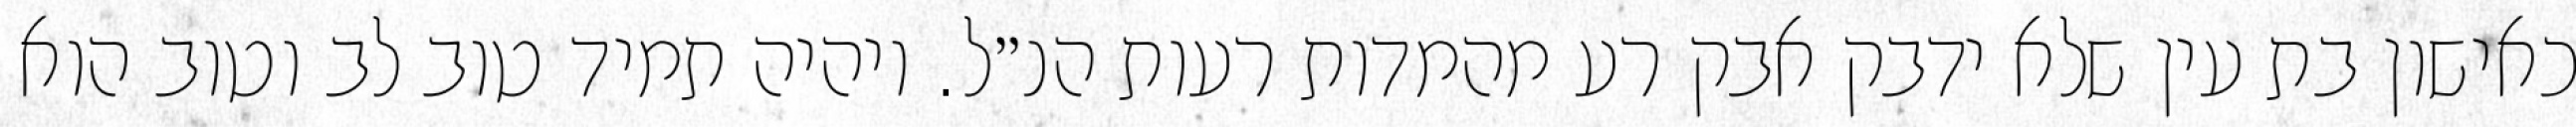
כאישון בת עין שלא ידבק אבק רע מהמדות רעות הנ״ל. ויהיה תמיד טוב לב וטוב הוא